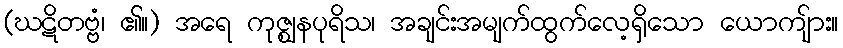
(ဃဋိတဗ္ဗံ၊ ၏။) အရေ ကုဇ္ဈနပုရိသ၊ အချင်းအမျက်ထွက်လေ့ရှိသော ယောကျ်ား။